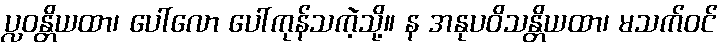
ပ္လဝန္တိယထာ၊ ပေါ်လော ပေါ်ကုန်သကဲ့သို့။ န အနုပဝိသန္တိယထာ၊ မသက်ဝင်